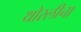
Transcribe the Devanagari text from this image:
थोरलीचा